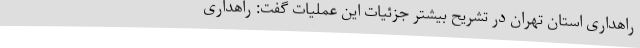
راهداری استان تهران در تشریح بیشتر جزئیات این عملیات گفت: راهداری